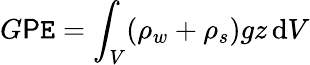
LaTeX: G\mathsf{P}\mathtt{E}=\int_{V}(\rho_{w}+\rho_{s})gz\, \mathrm{{d}}V